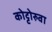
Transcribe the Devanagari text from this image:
कोट्टोरुवा